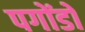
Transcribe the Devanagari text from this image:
पगोंडो